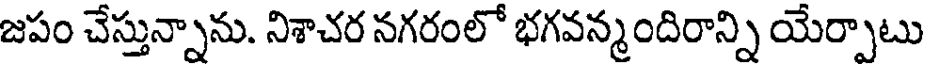
జపం చేస్తున్నాను. నిశాచర నగరంలో భగవన్మందిరాన్ని యేర్పాటు